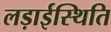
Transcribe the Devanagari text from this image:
लड़ाईस्थिति